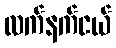
လက်နက်ငယ်